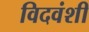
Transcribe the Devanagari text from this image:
विदवंशी